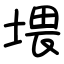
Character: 㙗